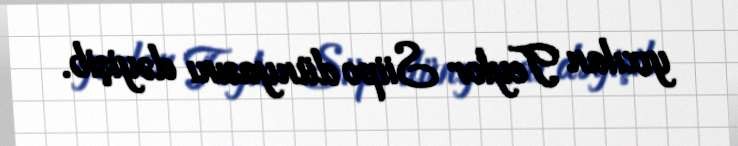
yıxılan Teylor Siipo dünyasını dəyişib.